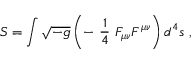
{ \cal S } = \int \sqrt { - g } \left( - \ \frac { 1 } { 4 } \ F _ { \mu \nu } F ^ { \mu \nu } \right) d ^ { 4 } s \ ,